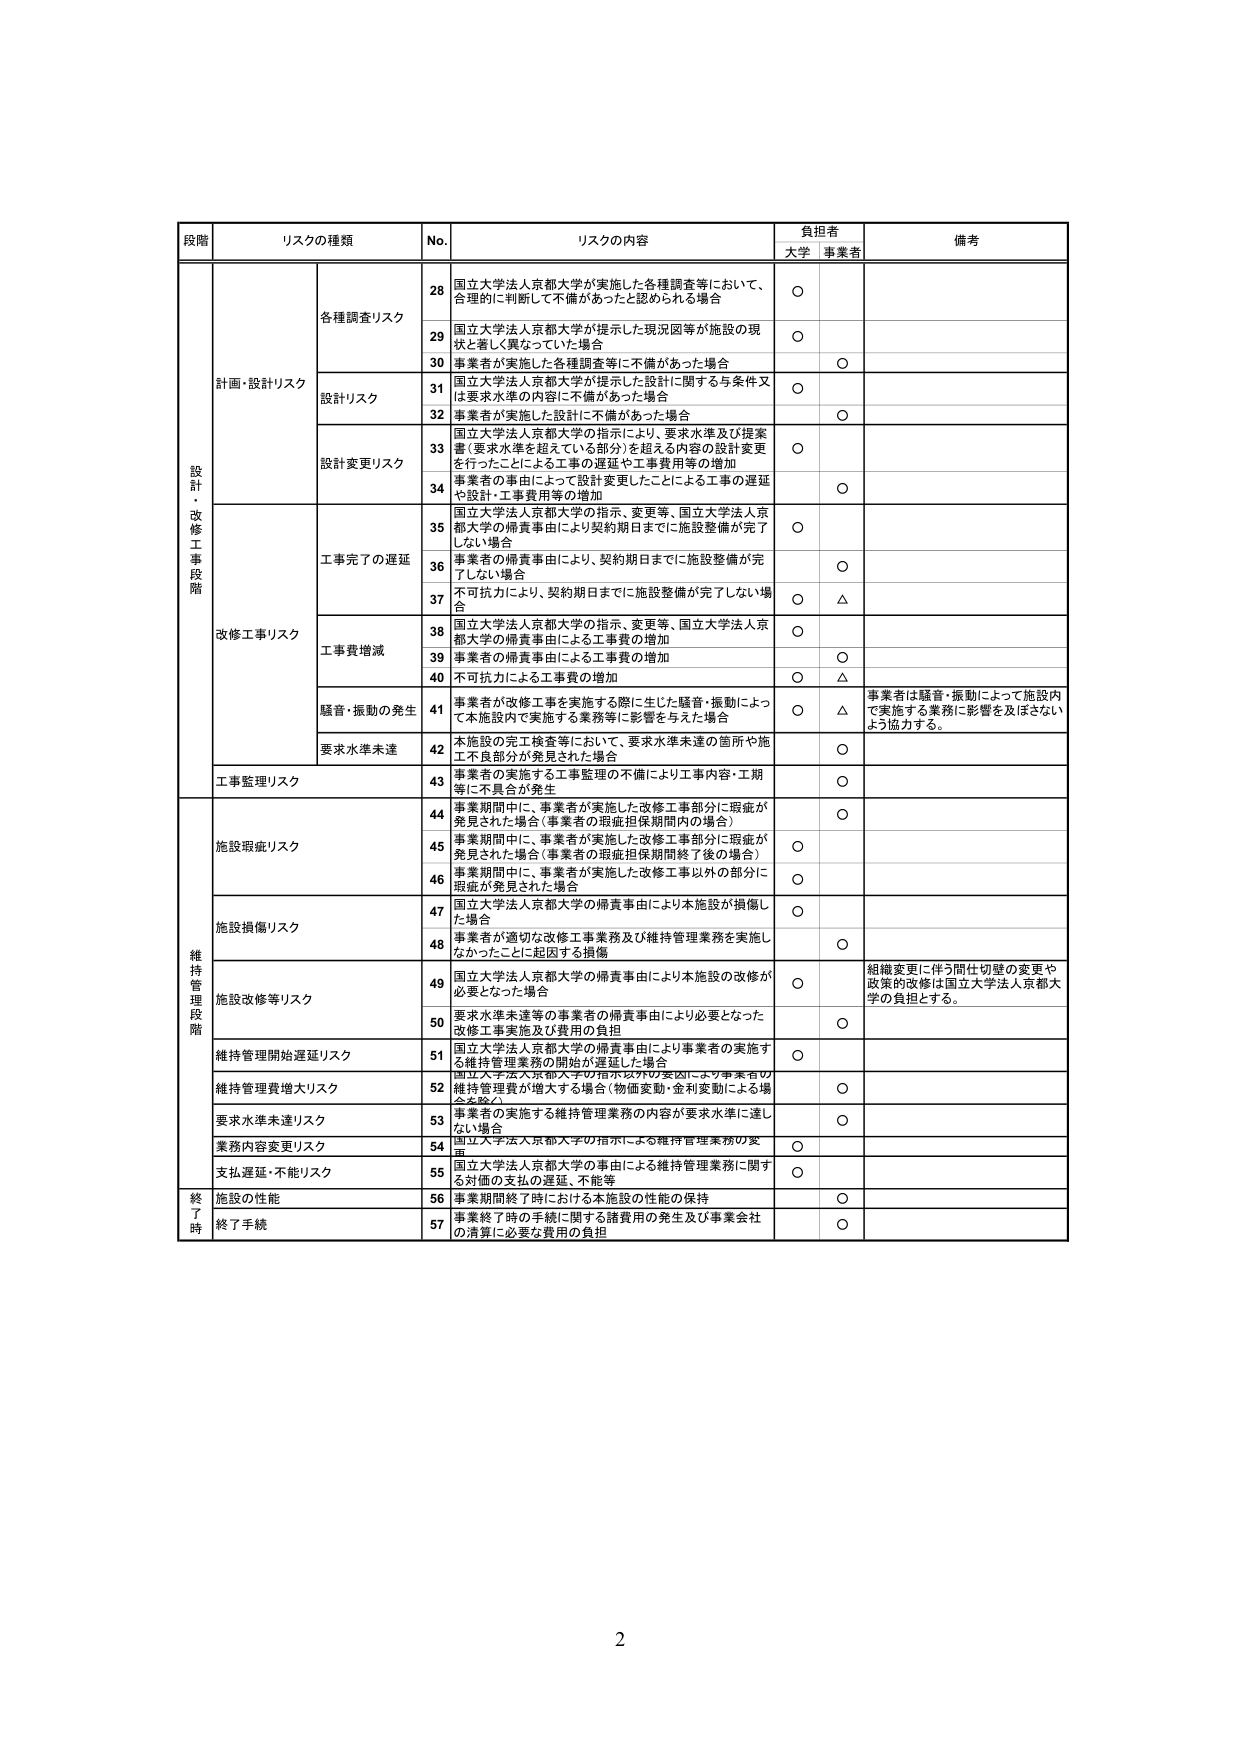
段階 リスクの種類 No. リスクの内容 負担者 備考 大学 事業者 設計・改修工事段階 計画・設計リスク 各種調査リスク 28 国立大学法人京都大学が実施した各種調査等において、合理的に判断して不備があったと認められる場合 ○ 29 国立大学法人京都大学が提示した現況図等が施設の現状と著しく異なっていた場合 ○ 30 事業者が実施した各種調査等に不備があった場合 ○ 設計リスク 31 国立大学法人京都大学が提示した設計に関する与条件又は要求水準の内容に不備があった場合 ○ 32 事業者が実施した設計に不備があった場合 ○ 設計変更リスク 33 国立大学法人京都大学の指示により、要求水準及び提案書（要求水準を超えている部分）を超える内容の設計変更を行ったことによる工事の遅延や工事費用等の増加 ○ 34 事業者の事由によって設計変更したことによる工事の遅延や設計・工事費用等の増加 ○ 工事完了の遅延 35 国立大学法人京都大学の指示、変更等、国立大学法人京都大学の帰責事由により契約期日までに施設整備が完了しない場合 ○ 36 事業者の帰責事由により、契約期日までに施設整備が完了しない場合 ○ 37 不可抗力により、契約期日までに施設整備が完了しない場合 ○ △ 改修工事リスク 工事費増減 38 国立大学法人京都大学の指示、変更等、国立大学法人京都大学の帰責事由による工事費の増加 ○ 39 事業者の帰責事由による工事費の増加 ○ 40 不可抗力による工事費の増加 ○ △ 騒音・振動の発生 41 事業者が改修工事を実施する際に生じた騒音・振動によって本施設内で実施する業務等に影響を与えた場合 ○ △ 事業者は騒音・振動によって施設内で実施する業務に影響を及ぼさないよう協力する。 要求水準未達 42 本施設の完工検査等において、要求水準未達の箇所や施工不良部分が発見された場合 ○ 工事監理リスク 43 事業者の実施する工事監理の不備により工事内容・工期等に不具合が発生 ○ 維持管理段階 施設瑕疵リスク 44 事業期間中に、事業者が実施した改修工事部分に瑕疵が発見された場合（事業者の瑕疵担保期間内の場合） ○ 45 事業期間中に、事業者が実施した改修工事部分に瑕疵が発見された場合（事業者の瑕疵担保期間終了後の場合） ○ 46 事業期間中に、事業者が実施した改修工事以外の部分に瑕疵が発見された場合 ○ 施設損傷リスク 47 国立大学法人京都大学の帰責事由により本施設が損傷した場合 ○ 48 事業者が適切な改修工事業務及び維持管理業務を実施しなかったことに起因する損傷 ○ 施設改修等リスク 49 国立大学法人京都大学の帰責事由により本施設の改修が必要となった場合 ○ 組織変更に伴う問仕切壁の変更や政策的改修は国立大学法人京都大学の負担とする。 50 要求水準未達等の事業者の帰責事由により必要となった改修工事実施及び費用の負担 ○ 維持管理開始遅延リスク 51 国立大学法人京都大学の帰責事由により事業者の実施する維持管理業務の開始が遅延した場合 ○ 維持管理費増大リスク 52 国立大学法人京都大学の指示以外の要因により事業者の維持管理費が増大する場合（物価変動・金利変動による場合を含む） ○ 要求水準未達リスク 53 事業者の実施する維持管理業務の内容が要求水準に達しない場合 ○ 業務内容変更リスク 54 国立大学法人京都大学の指示による維持管理業務の変更 ○ 支払遅延・不能リスク 55 国立大学法人京都大学の事由による維持管理業務に関する対価の支払の遅延、不能等 ○ 終了時 施設の性能 56 事業期間終了時における本施設の性能の保持 ○ 終了手続 57 事業終了時の手続に関する諸費用の発生及び事業会社の清算に必要な費用の負担 ○ 2